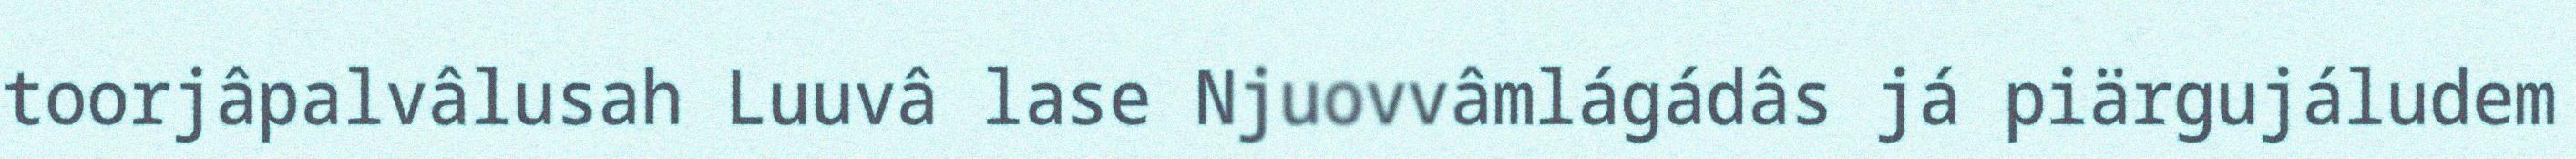
toorjâpalvâlusah Luuvâ lase Njuovvâmlágádâs já piärgujáludem